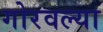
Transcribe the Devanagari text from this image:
गोरवल्या